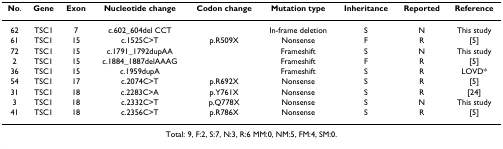
<table><thead><tr><td><b>No.</b></td><td><b>Gene</b></td><td><b>Exon</b></td><td><b>Nucleotide change</b></td><td><b>Codon change</b></td><td><b>Mutation type</b></td><td><b>Inheritance</b></td><td><b>Reported</b></td><td><b>Reference</b></td></tr></thead><tbody><tr><td>62</td><td>TSC1</td><td>7</td><td>c.602_604del CCT</td><td></td><td>In-frame deletion</td><td>S</td><td>N</td><td>This study</td></tr><tr><td>61</td><td>TSC1</td><td>15</td><td>c.1525C&gt;T</td><td>p.R509X</td><td>Nonsense</td><td>F</td><td>R</td><td>[5]</td></tr><tr><td>72</td><td>TSC1</td><td>15</td><td>c.1791_1792dupAA</td><td></td><td>Frameshift</td><td>S</td><td>N</td><td>This study</td></tr><tr><td>2</td><td>TSC1</td><td>15</td><td>c.1884_1887delAAAG</td><td></td><td>Frameshift</td><td>F</td><td>R</td><td>[5]</td></tr><tr><td>36</td><td>TSC1</td><td>15</td><td>c.1959dupA</td><td></td><td>Frameshift</td><td>S</td><td>R</td><td>LOVD*</td></tr><tr><td>54</td><td>TSC1</td><td>17</td><td>c.2074C&gt;T</td><td>p.R692X</td><td>Nonsense</td><td>S</td><td>R</td><td>[5]</td></tr><tr><td>31</td><td>TSC1</td><td>18</td><td>c.2283C&gt;A</td><td>p.Y761X</td><td>Nonsense</td><td>S</td><td>R</td><td>[24]</td></tr><tr><td>3</td><td>TSC1</td><td>18</td><td>c.2332C&gt;T</td><td>p.Q778X</td><td>Nonsense</td><td>S</td><td>N</td><td>This study</td></tr><tr><td>41</td><td>TSC1</td><td>18</td><td>c.2356C&gt;T</td><td>p.R786X</td><td>Nonsense</td><td>S</td><td>R</td><td>[5]</td></tr><tr><td colspan="9">Total: 9, F:2, S:7, N:3, R:6 MM:0, NM:5, FM:4, SM:0.</td></tr></tbody></table>